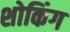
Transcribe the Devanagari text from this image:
शोकिंग